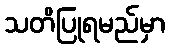
သတိပြုရမည်မှာ